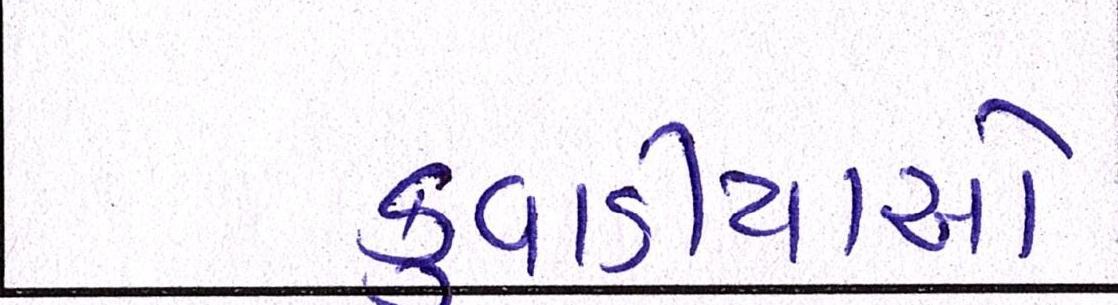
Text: કુવાડીયાઓ